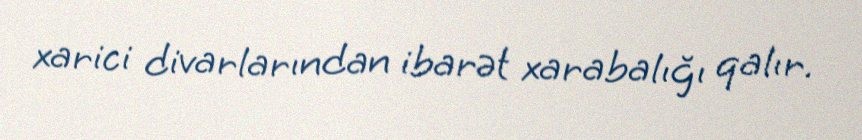
xarici divarlarından ibarət xarabalığı qalır.